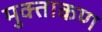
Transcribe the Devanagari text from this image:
मुक्ताकण